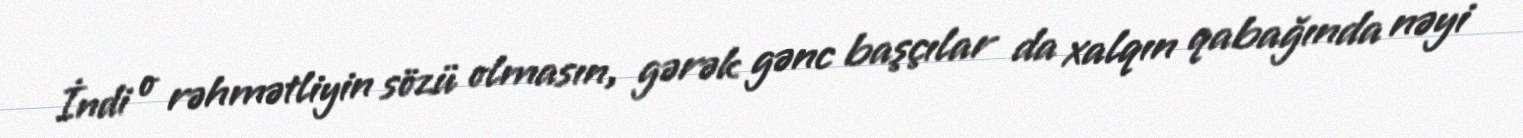
İndi o rəhmətliyin sözü olmasın, gərək gənc başçılar da xalqın qabağında nəyi